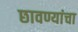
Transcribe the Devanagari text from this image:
छावण्यांचा